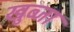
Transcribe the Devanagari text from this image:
खुब्जा